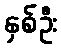
နှစ်ဦး